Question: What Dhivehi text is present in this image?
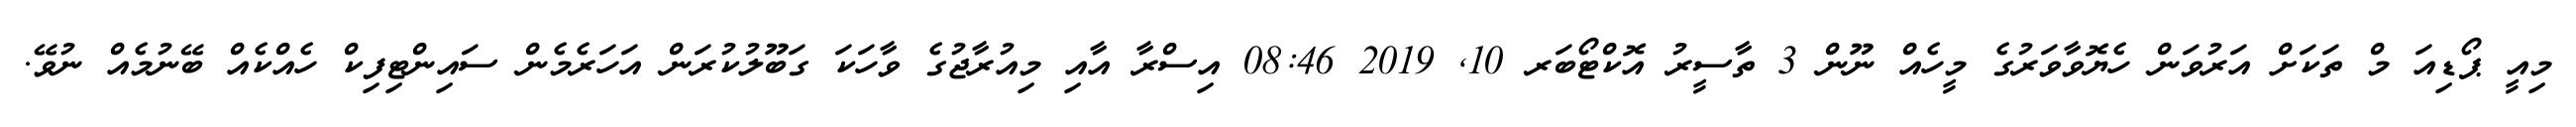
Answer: މިއީ ޕޯޑިއަ މް ތަކަށް އަރުވަން ހެޔޮވާވަރުގެ މީހެއް ނޫން 3 ތާސީރު އޮކްޓޯބަރ 10, 2019 08:46 އިސްރާ އާއި މިއުރާޖުގެ ވާހަކަ ގަބޫލުކުރަން އަހަރެމެން ސައިންޓިފިކް ހެއްކެއް ބޭނުމެއް ނުވޭ.